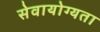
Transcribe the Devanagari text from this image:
सेवायोग्यता